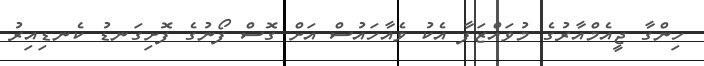
ހިންގާ ޖީއެމްއާރުގެ މުވައްޒަފާ އެކު ވެއާހައުސް އަށް ގޮސް ފޯނުގެ ފޮށިގަނޑު ކެނޑިއިރު